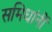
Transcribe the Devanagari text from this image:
समिधांनीं